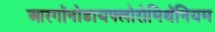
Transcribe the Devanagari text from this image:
आरगॉनोडायफ्लोरोमिथॅनियम